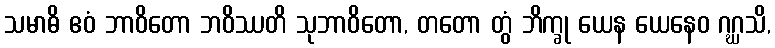
သမာဓိ ဧဝံ ဘာဝိတော ဘဝိဿတိ သုဘာဝိတော, တတော တွံ ဘိက္ခု ယေန ယေနေဝ ဂဂ္ဃသိ,